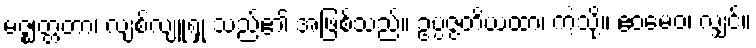
မဇ္ဈတ္တတာ၊ လျစ်လျူရှု သည်၏ အဖြစ်သည်။ ဥပ္ပဇ္ဇတိယထာ၊ ကဲ့သို့။ ဧဝမေဝ၊ လျှင်။